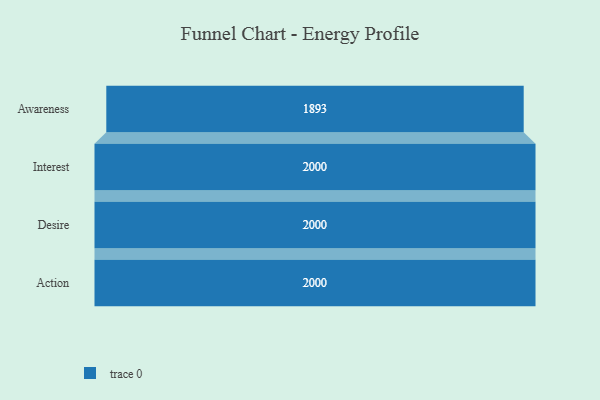
{"axis": {"x": "Stage", "y": "Value"}, "legend": [""], "data": [{"x": "Awareness", "y": 1893.0, "type": ""}, {"x": "Interest", "y": 2000, "type": ""}, {"x": "Desire", "y": 2000, "type": ""}, {"x": "Action", "y": 2000, "type": ""}]}